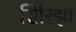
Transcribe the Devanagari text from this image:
सिरिझा